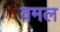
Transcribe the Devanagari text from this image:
वमल